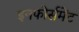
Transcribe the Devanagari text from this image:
इनफोर्समेंट